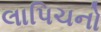
લાપિચનો